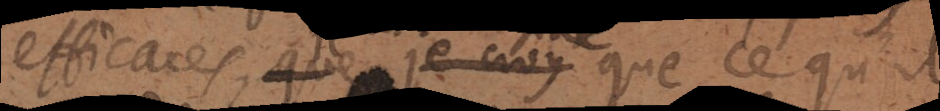
efficaces,que je crois que ce qu’il